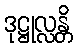
ဒုဋ္ဌုလ္လန္တိ